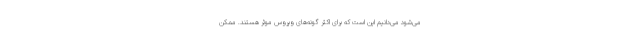
می‌شود می‌دانیم این است که برای اکثر گونه‌های ویروس موثر هستند. ممکن